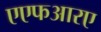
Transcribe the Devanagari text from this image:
एएफआरए